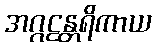
အဂ္ဂဠန္တရိကာယ